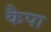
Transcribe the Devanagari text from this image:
कैपा